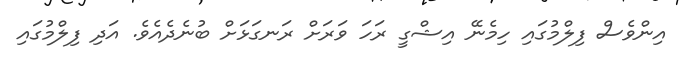
އިންވެސް ފިލްމުގައި ހިމެނޭ އިޝްގީ ރަހަ ވަރަށް ރަނގަޅަށް ބުނެދެއެވެ. އަދި ފިލްމުގައި